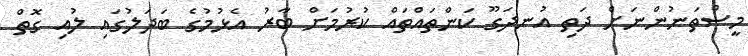
މީސްތަނުންނަށް ދަތި އުނދަގޫ ކަންތައްތައް ކުުރުމަށް ބާރު އެޅުމުގެ ބަދަލުގައި ލުއި ގޮތް